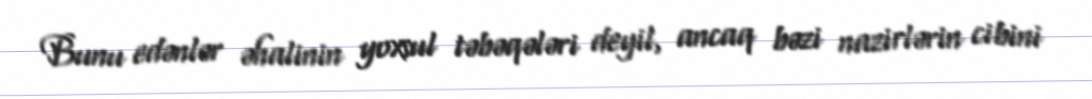
Bunu edənlər əhalinin yoxsul təbəqələri deyil, ancaq bəzi nazirlərin cibini